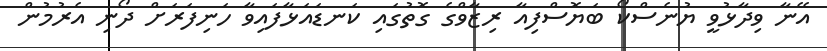
އޭނާ ވިދާޅުވީ ޔުނެސްކޯ ބަޔޮސްފިއާ ރިޒާވްގެ ގޮތުގައި ކަނޑައަޅާފައިވާ ހަނިފަރަށް ދޯނި އެރުމުން